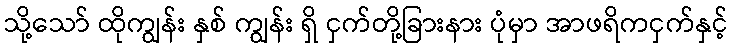
သို့သော် ထိုကျွန်း နှစ် ကျွန်း ရှိ ငှက်တို့ခြားနား ပုံမှာ အာဖရိကငှက်နှင့်